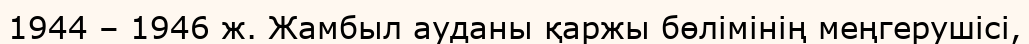
1944 – 1946 ж. Жамбыл ауданы қаржы бөлімінің меңгерушісі,